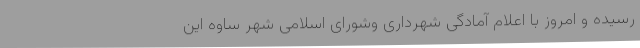
رسیده و امروز با اعلام آمادگی شهرداری وشورای اسلامی شهر ساوه این